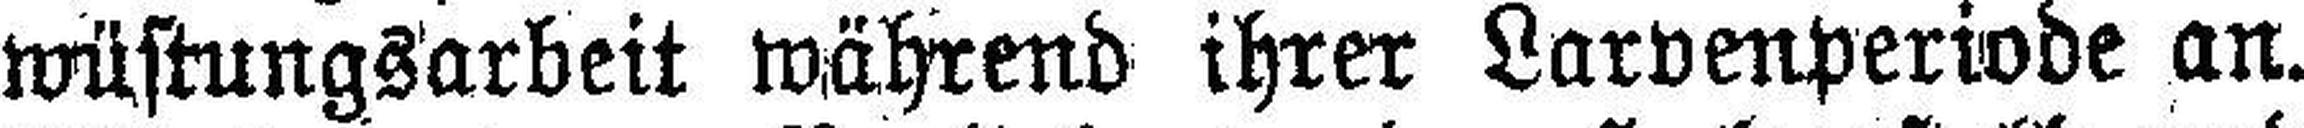
wüstungsarbeit während ihrer Larvenperivde an.